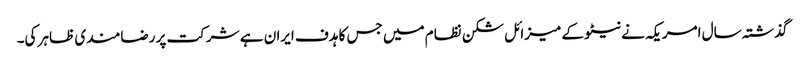
گذشتہ سال امریکہ نے نیٹو کے میزائل شکن نظام میں جس کا ہدف ایران ہے شرکت پر رضامندی ظاہر کی۔